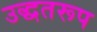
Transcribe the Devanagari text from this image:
उद्धतरूप